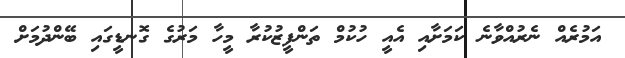
އަމުރެއް ނެރުއްވާނެ ކަމަށާއި އެއީ ހުކުމް ތަންފީޒުކުރާ މީހާ މަރުގެ ގޮނޑީގައި ބޭންދުމަށް